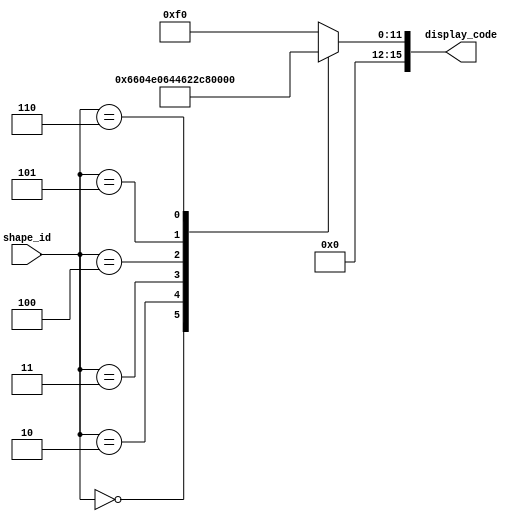
module shape_id_decoder(
    input [2:0] shape_id,
    output reg [15:0] display_code
);

always@(*) begin
    case(shape_id)
        3'd0: display_code = 16'b0000_0110_0110_0000; // "O"
        3'd1: display_code = 16'b0000_0000_1111_0000; // "I"
        3'd2: display_code = 16'b0000_0100_1110_0000; // "T"
        3'd3: display_code = 16'b0000_0110_0100_0100; // "L"
        3'd4: display_code = 16'b0000_0110_0010_0010; // "J"
        3'd5: display_code = 16'b0000_1100_0110_0000; // "S"
        3'd6: display_code = 16'b0000_0110_1100_0000; // "Z"
        default: display_code = 16'b0000_0000_1111_0000; // default : "I" since random number generator will produce 7 as well
    endcase
end

endmodule